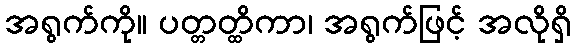
အရွက်ကို။ ပတ္တတ္ထိကာ၊ အရွက်ဖြင့် အလိုရှိ